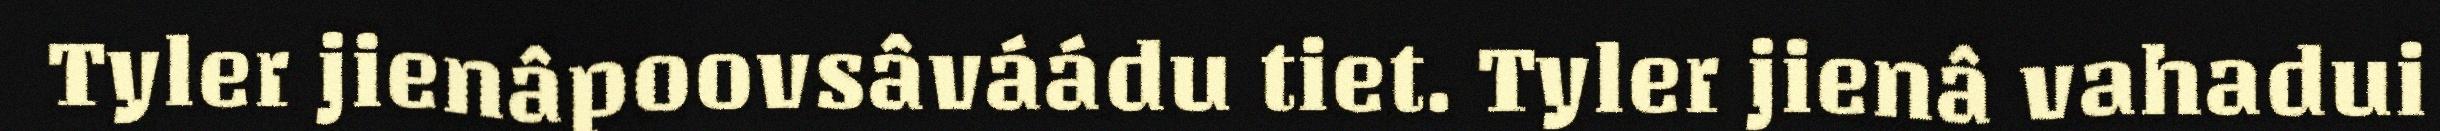
Tyler jienâpoovsâváádu tiet. Tyler jienâ vahadui